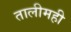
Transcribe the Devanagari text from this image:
तालीमही